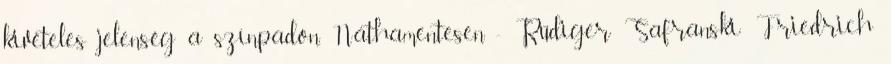
kivételes jelenség a színpadon. Náthamentesen - Rüdiger Safranski: Friedrich